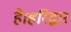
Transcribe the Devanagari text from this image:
है।हरिद्वार